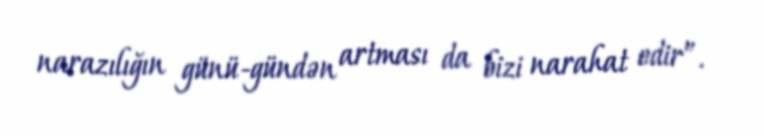
narazılığın günü-gündən artması da bizi narahat edir”.